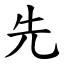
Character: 先